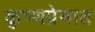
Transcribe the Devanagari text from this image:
कृष्णप्रेमात